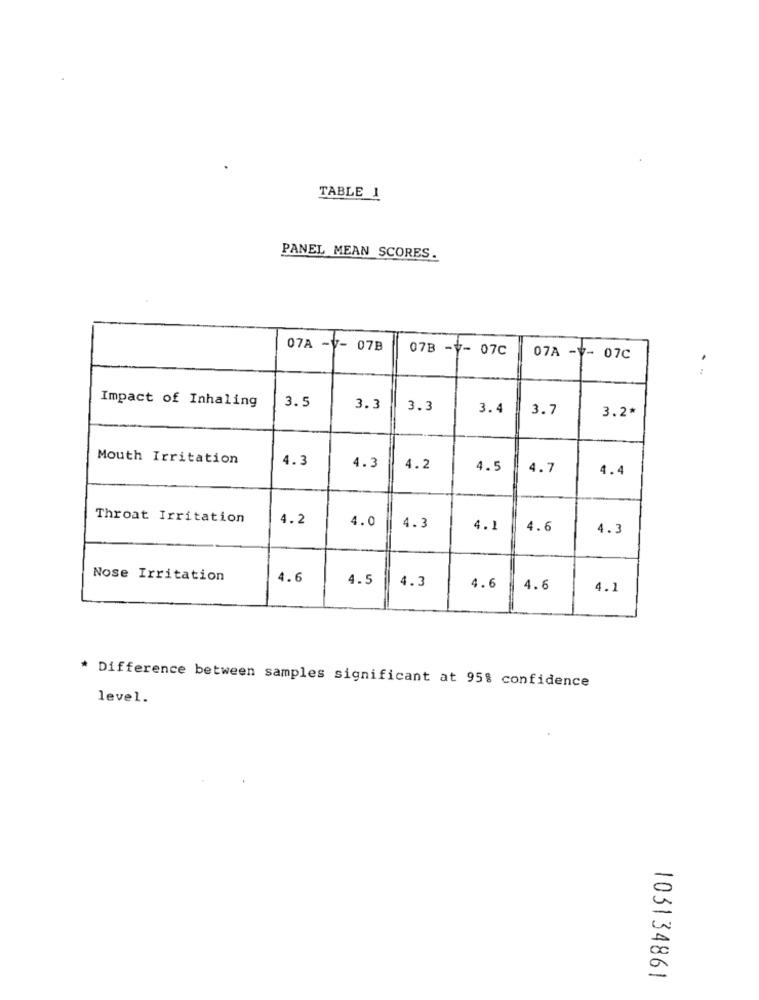
TABLE 1
PANEL MEAN SCORES.
07A -V- 07B
07B -V-
07C
07A -V- 07C
.
Impact of Inhaling
3.5
3.3
3.3
3.4
3.7
3.2*
Mouth Irritation
4.3
4.3
4.2
4.5
4.7
4.4
Throat Irritation
4.2
4.0
4.3
4.1
4.6
4.3
Nose Irritation
4.6
4.5
4.3
4.6
4.6
4.1
* Difference between samples significant at 95% confidence
level.
103134861